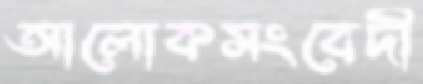
আলোকসংবেদী